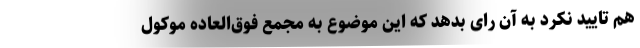
هم تایید نکرد به آن رای بدهد که این موضوع به مجمع فوق‌العاده موکول